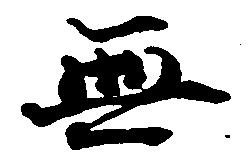
無